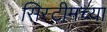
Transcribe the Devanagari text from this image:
सिस्टीमच्या